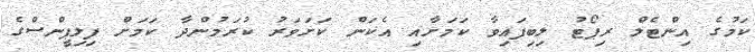
ކަމުގެ އިންޓެލް ރިޕޯޓު ލިބިފައިވާ ކަމަށާއި އެކަން ކަށަވަރު ކުރަމުންދާ ކަމަށް ފިލިޕީންސްގެ